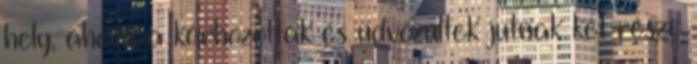
hely, ahová a kárhozottak és üdvözültek jutnak két része